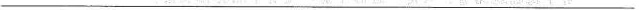
____